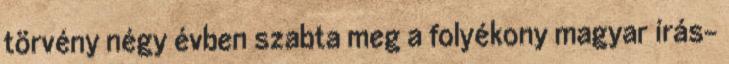
törvény négy évben szabta meg a folyékony magyar írás-